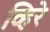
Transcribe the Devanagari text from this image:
व्हिरे